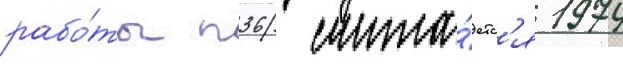
рабо́ты п36 счита́етс'я 1974